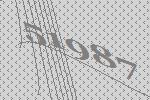
51987